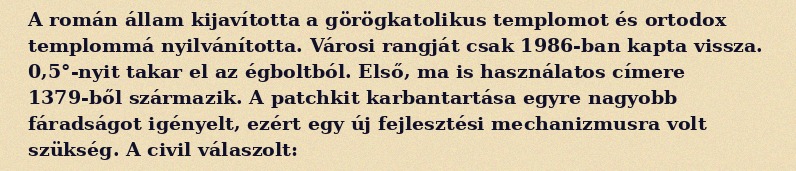
A román állam kijavította a görögkatolikus templomot és ortodox templommá nyilvánította. Városi rangját csak 1986-ban kapta vissza. 0,5°-nyit takar el az égboltból. Első, ma is használatos címere 1379-ből származik. A patchkit karbantartása egyre nagyobb fáradságot igényelt, ezért egy új fejlesztési mechanizmusra volt szükség. A civil válaszolt: